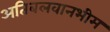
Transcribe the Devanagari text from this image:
अतिबलवानभीम